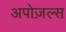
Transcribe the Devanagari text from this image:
अपोज़ल्स